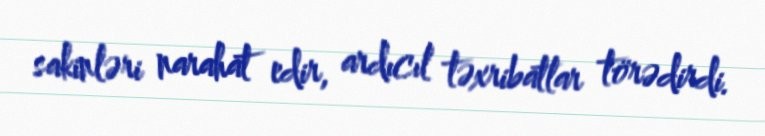
sakinləri narahat edir, ardıcıl təxribatlar törədirdi.